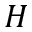
H